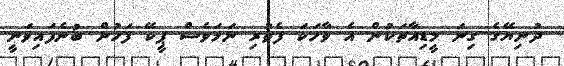
ދުނިޔޭގެ ގިނަ މީޑިއާތަކުން އެ ވާހަކަ ފެތުރި ނަމަވެސް ޕީކޭ ފަހުން ބުނެފައިވަނީ